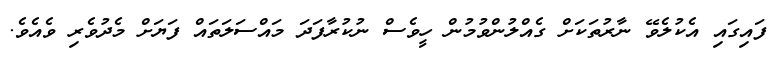
ފައިގައި އެކުލެވޭ ނާރުތަކަށް ގެއްލުންވުމުން ހީވެސް ނުކުރާފަދަ މައްސަލަތައް ފަޔަށް މެދުވެރި ވެއެވެ.